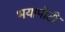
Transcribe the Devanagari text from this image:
भयापोटी